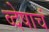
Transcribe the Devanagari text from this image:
व्देषाचं